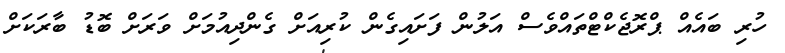
ހުރި ބައެއް ޕްރޮޖެކްޓްތައްވެސް އަލުން ފަށައިގެން ކުރިއަށް ގެންދިއުމަށް ވަރަށް ބޮޑު ބާރަކަށް